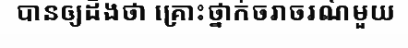
បានឲ្យដឹងថា គ្រោះថ្នាក់ចរាចរណ៍មួយ